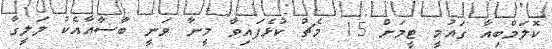
ކޮލަމްބިއާ ގައުމީ ޓީމަށް 15 މެޗު ކުޅެފައިވާ މީނާ ވަނީ ބާސާއާއެކު ލަލީގާ